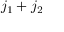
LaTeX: j _ { 1 } + j _ { 2 }